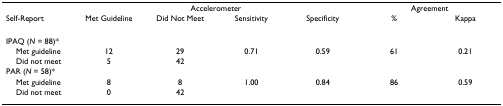
|  | <COLSPAN=4> Accelerometer | <COLSPAN=2> Agreement |
 | Self-Report | Met Guideline | Did Not Meet | Sensitivity | Specificity | % | Kappa |
 | --- | --- | --- | --- | --- | --- | --- |
 | IPAQ (N = 88)* |  |  |  |  |  |  |
 | Met guideline | 12 | 29 | 0.71 | 0.59 | 61 | 0.21 |
 | Did not meet | 5 | 42 |  |  |  |  |
 | PAR (N = 58)* |  |  |  |  |  |  |
 | Met guideline | 8 | 8 | 1.00 | 0.84 | 86 | 0.59 |
 | Did not meet | 0 | 42 |  |  |  |  |